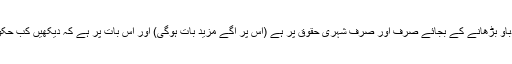
ہمارےمیڈیا کا فوکس استعفیٰ پر دباؤ بڑھانے کے بجائے صرف اور صرف شہری حقوق پر ہے (اس پر آگے مزید بات ہوگی) اور اس بات پر ہے کہ دیکھیں کب حکومت طاقت کا استعمال کرتی ہے۔